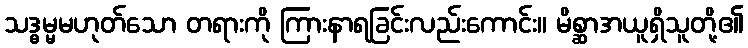
သဒ္ဓမ္မမဟုတ်သော တရားကို ကြားနာရခြင်းလည်းကောင်း။ မိစ္ဆာအယူရှိသူတို့၏